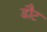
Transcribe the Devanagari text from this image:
डौट